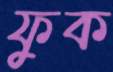
ফুক